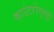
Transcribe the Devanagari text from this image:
काउंटररेगुलेट्री